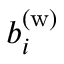
b _ { i } ^ { \mathrm { ( w ) } }